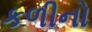
કળીનો